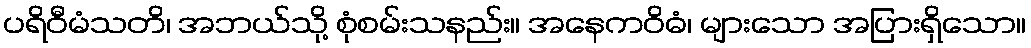
ပရိဝီမံသတိ၊ အဘယ်သို့ စုံစမ်းသနည်း။ အနေကဝိဓံ၊ များသော အပြားရှိသော။